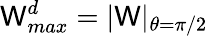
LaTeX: \mathsf{W}_{max}^{d}=|\mathbf{{\mathsf{W}}}|_{\theta=\pi/2}